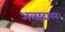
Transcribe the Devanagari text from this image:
अलहदापन।